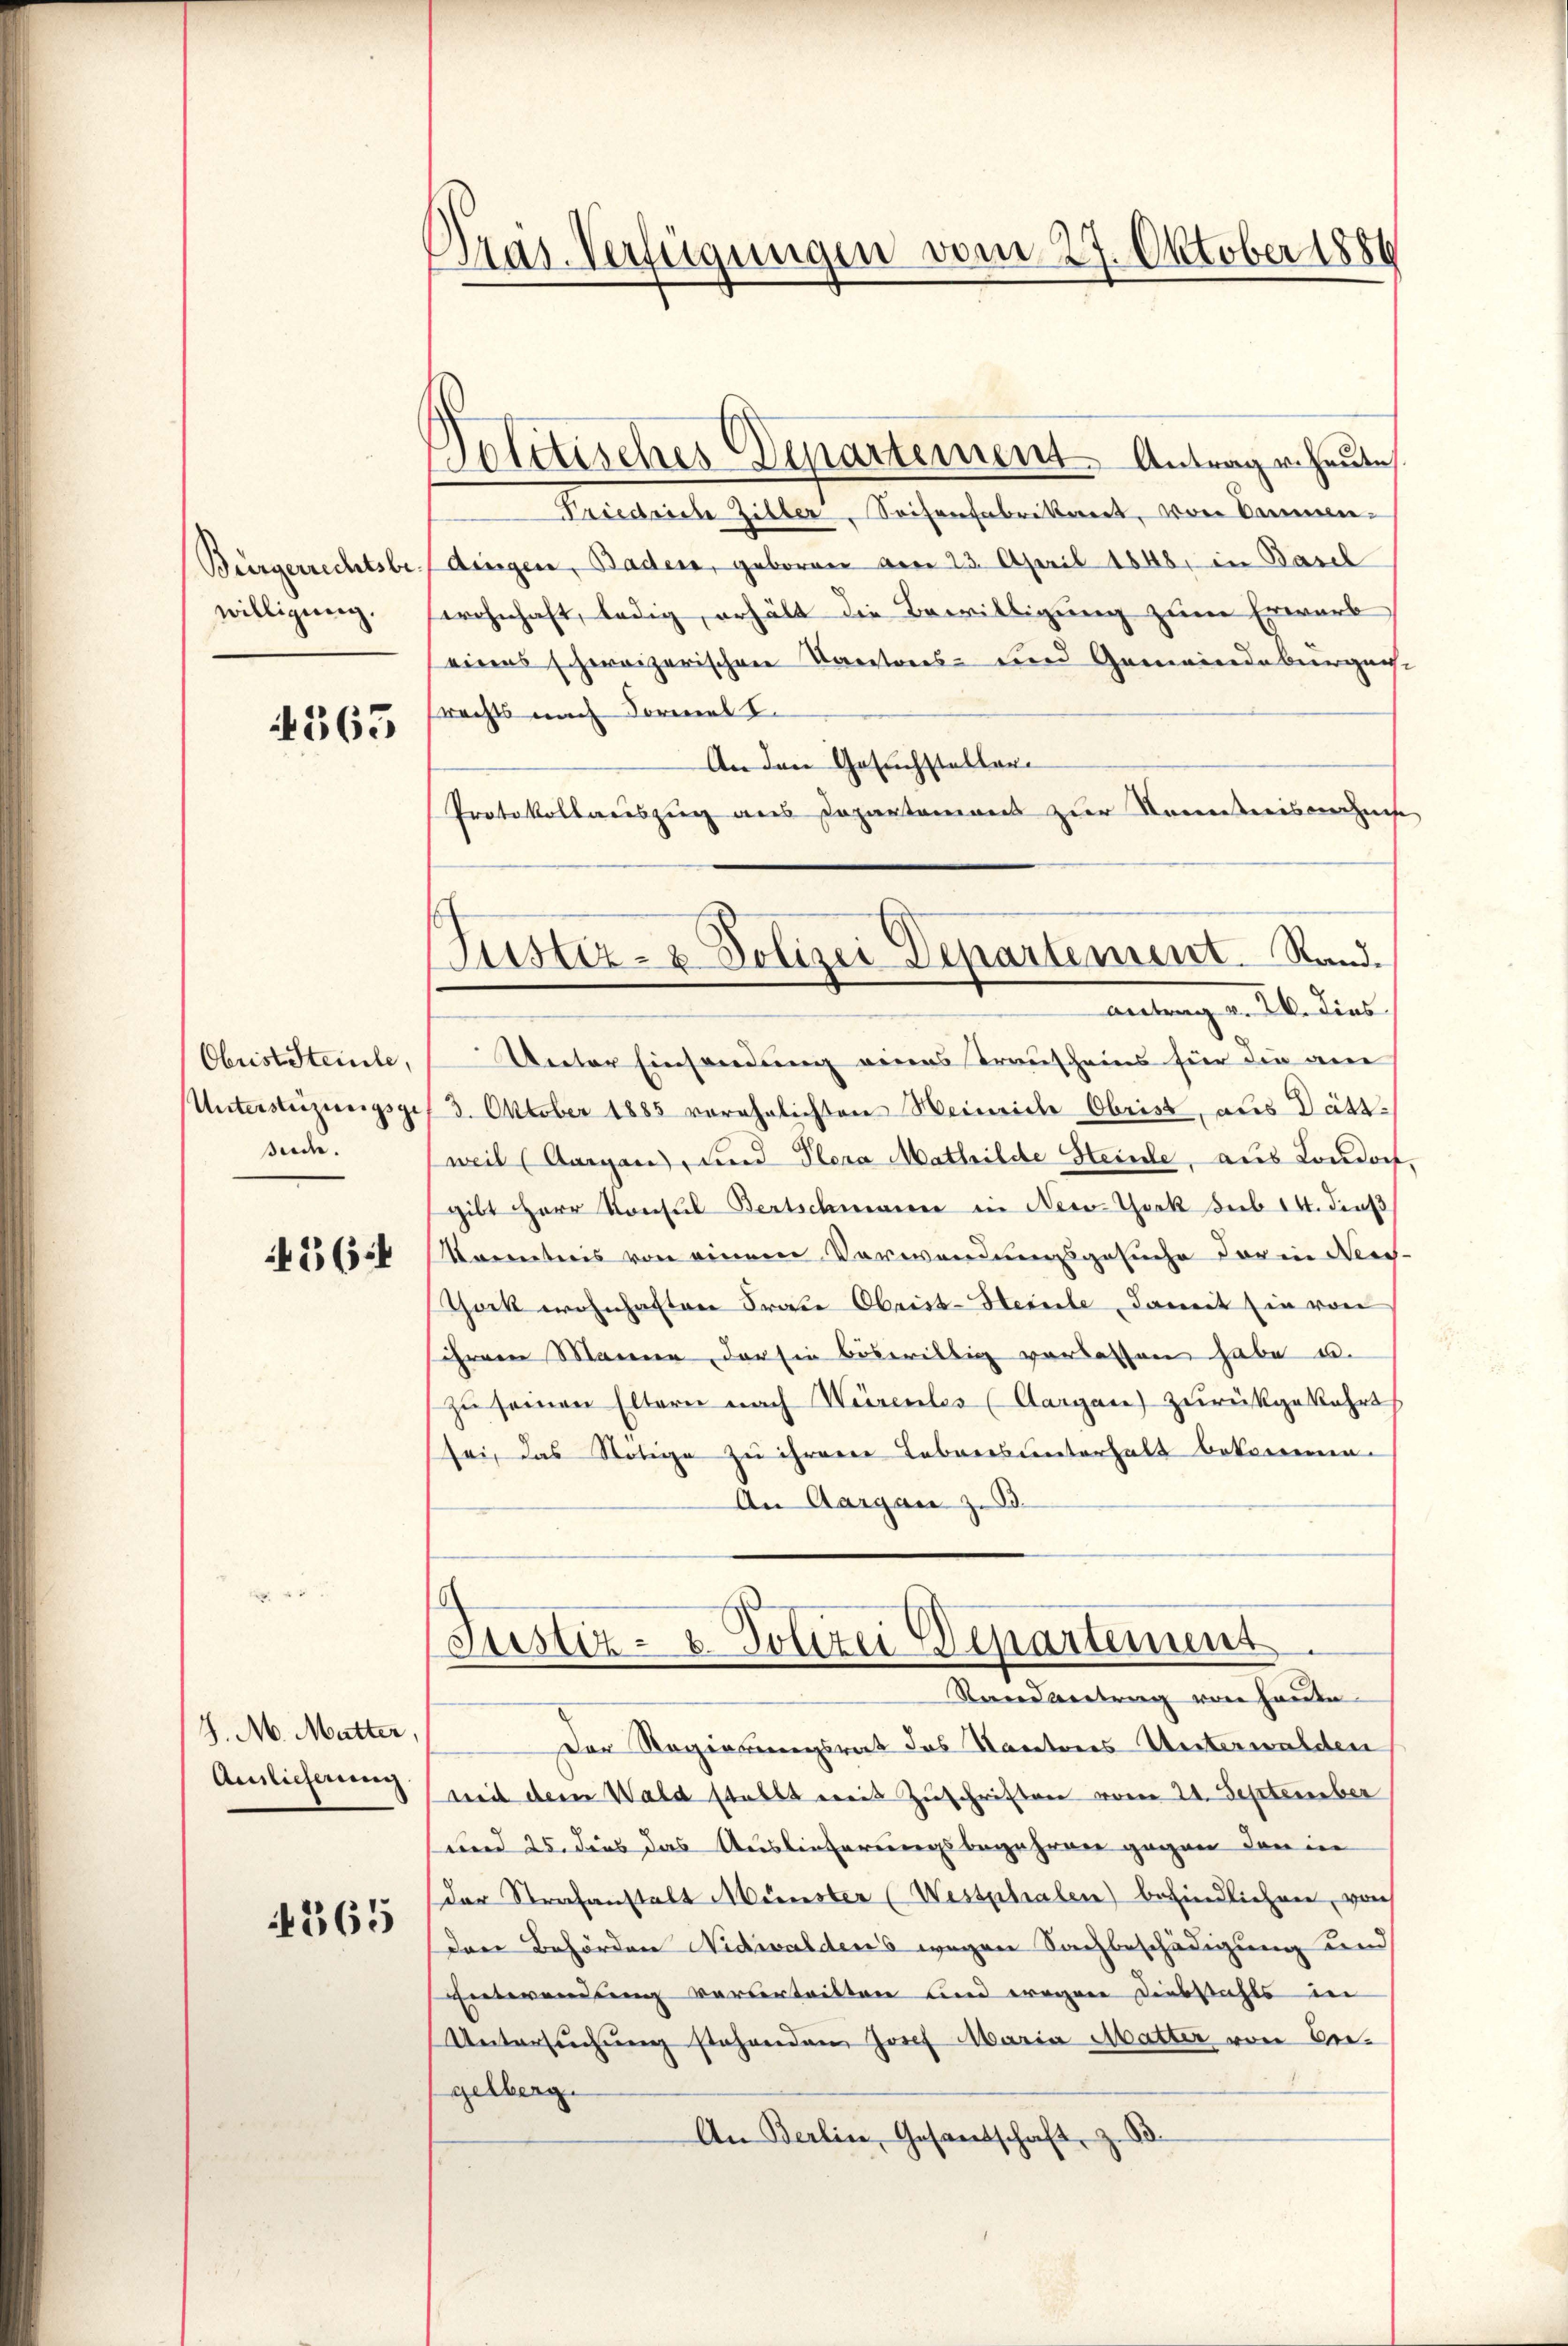
Bürgerrechtsbewilligung.

4363

Obrist Steinte,
Unterstüzungsge
siede

564

J. M. Mutter,
Aislicherung

365

Pras-Verfügungen vom 27. Oktober 1880

Solitisches Departement Antragen heute,
Friedrich Ziller, Seitenfabrikeret, von Bannendingen, Baden, geboren vom 23. April 1848, in Basel
wohnhaft, ledig, erhält die Bewilligung zum Erwarb
eines schweizerischen Kantons- und Gemeindebergan
srechts nach Formal L.
An den Gesuchsteller
Protokollauszug aus Departemens zur Kenntnissenes
antrag v. 26. dies
Unter Einsendung eines Trauscheins für die ane
3. Oktober 1885 verehelichten Weinriche Obrist, aus Dättweil (Aargau, und Sera Mathilde Steinde, aus Londorf
gibt Herr Konsul Bertschmann in New-York sub 14. dieß
Kenntnis von einem Verwendungsgesuche der in den
Thock wohnhaften Frate Obrist-Heile, damit in von
ihrerer Marier, der sie böswillig verlassen habe u.
zu seinen Eltern nach Würenles (Aargau) zurückgekehrt
sei, das Nötige zu ihrerer Leberes unterhalt bekomenen.
An Aargau z. B.
Justiz- & Polizei Departement
Standvertrag von Hande
Der Regierungsrat das Kantones Unterwalden
mit dem Wald stellt mit Zuschriften vom 24. September
und 25. dies das Auslieferungsbegehren gegen dann in
der Strafanstalt Münster (Westphalen) befindlichen, von
Den Behörden Nidwaldens wegen Sachbeschädigung und
Entwendung vorcentritten und wegen Diebstichts in
Untersŭchŭng stehenden Josef Maria Matter von Beigelberg.
An Berlin, Gesandschaft, z. B.

Justiz- & Polizei Departement. Stand.